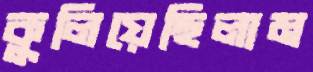
কুলিয়েছিলাম